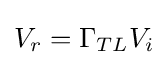
V_{r}=\Gamma _{TL}V_{i}